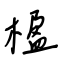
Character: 楹